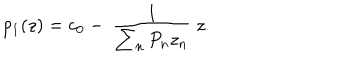
p _ { 1 } ( z ) = c _ { 0 } - ~ \frac { 1 } { \sum _ { n } P _ { n } z _ { n } } ~ z .